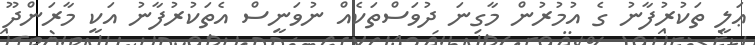
ޢަލީ ތަކުރުފާނު ގެ އުމުރުން މާގިނަ ދުވަސްތަކެއް ނުވަނީސް އެތަކުރުފާނު އަކީ މާރަންދޫ